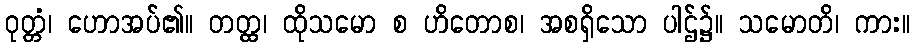
ဝုတ္တံ၊ ဟောအပ်၏။ တတ္ထ၊ ထိုသမော စ ဟိတောစ၊ အစရှိသော ပါဌ်၌။ သမောတိ၊ ကား။